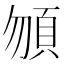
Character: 𩑮